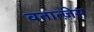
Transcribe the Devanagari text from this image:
वतात्ज़ेस